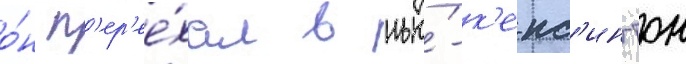
о́н п'ер'ее́хал в нью́-к'енс'ингтон